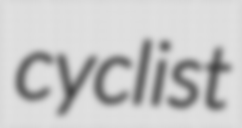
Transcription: cyclist